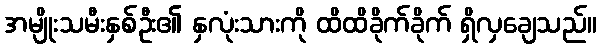
အမျိုးသမီးနှစ်ဦး၏ နှလုံးသားကို ထိထိခိုက်ခိုက် ရှိလှချေသည်။